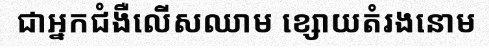
ជាអ្នកជំងឺលើសឈាម ខ្សោយតំរងនោម